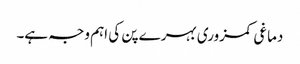
دماغی کمزوری بہرے پن کی اہم وجہ ہے۔